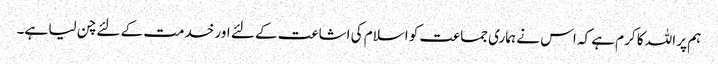
ہم پر اللہ کا کرم ہے کہ اس نے ہماری جماعت کو اسلام کی اشاعت کے لئے اور خدمت کے لئے چن لیا ہے۔